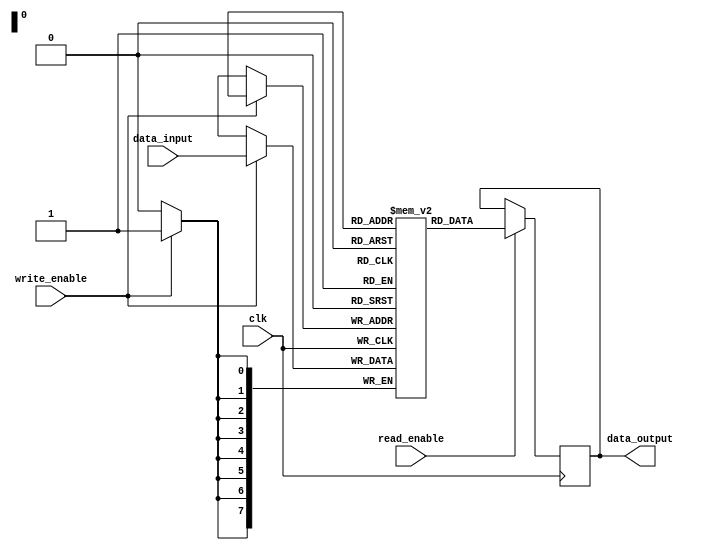
module sequential_flash_memory (
  input wire clk,
  input wire write_enable,
  input wire read_enable,
  input wire [7:0] data_input,
  output reg [7:0] data_output
);

reg [7:0] memory [0:255];
reg [7:0] address;
reg [7:0] next_address;
reg write_data;
reg read_data;

always @(posedge clk) begin
  if (write_enable) begin
    memory[address] <= data_input;
  end

  if (read_enable) begin
    data_output <= memory[address];
  end

  next_address <= address + 1;
end

always @(*) begin
  if (read_enable) begin
    read_data <= memory[address];
  end
end

assign write_data = data_input;

endmodule